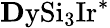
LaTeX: \mathrm{{\mathbf Dy}Si_{3}Ir}^{*}